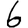
Digit: 6